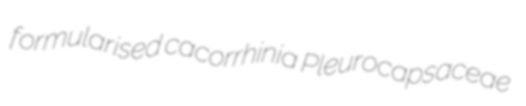
formularised cacorrhinia Pleurocapsaceae